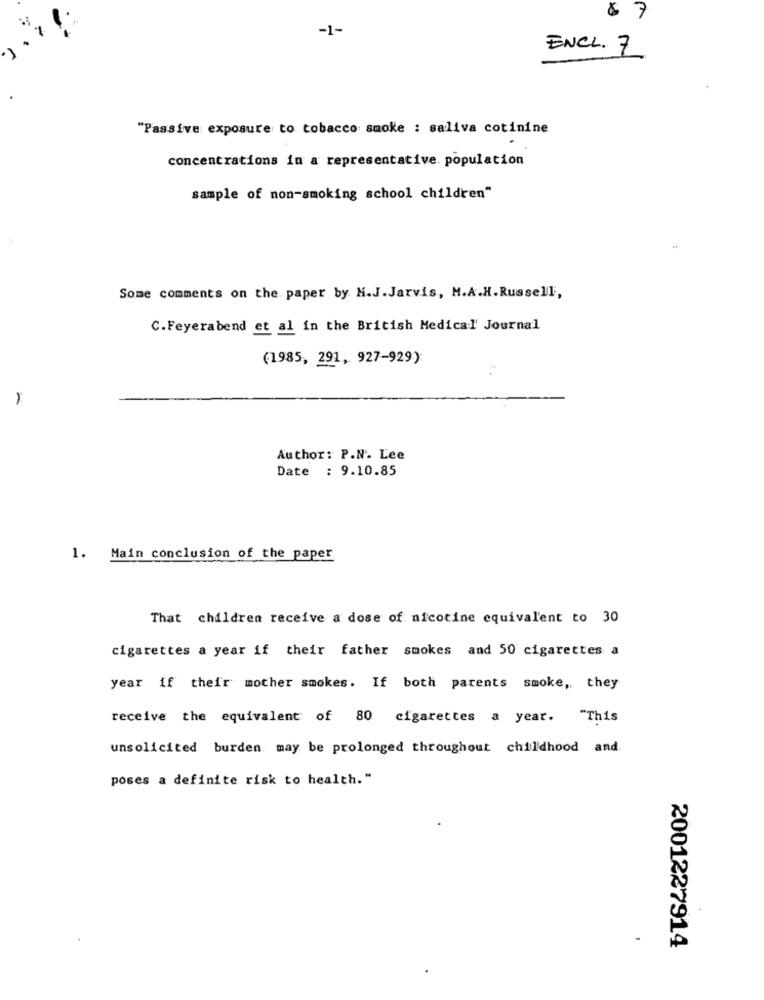
$ 7
-1-
ENCL. 7
"Passive exposure to tobacco smoke : saliva cotinine
concentrations in a representative. population
sample of non-smoking school children"
Some comments on the paper by. H.J.Jarvis, M.A.H. Russell,
C.Feyerabend et al in the British Medical Journal
(1985, 291, 927-929)
Author: P.N. Lee
Date : 9.10.85
1. Main conclusion of the paper
That children receive a dose of nicotine equivalent to 30
cigarettes a year if their father smokes and 50 cigarettes a
year if their mother smokes. If both parents smoke, they
receive the equivalent of 80 cigarettes a year. "This
unsolicited burden may be prolonged throughout childhood and
poses a definite risk to health."
2001227914